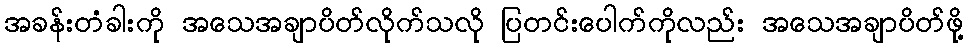
အခန်းတံခါးကို အသေအချာပိတ်လိုက်သလို ပြတင်းပေါက်ကိုလည်း အသေအချာပိတ်ဖို့